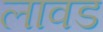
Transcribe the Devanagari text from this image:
लावड